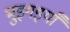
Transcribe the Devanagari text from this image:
भुइगइयाँ